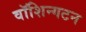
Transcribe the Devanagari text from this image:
वॉशिन्गटन